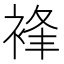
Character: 𧚋